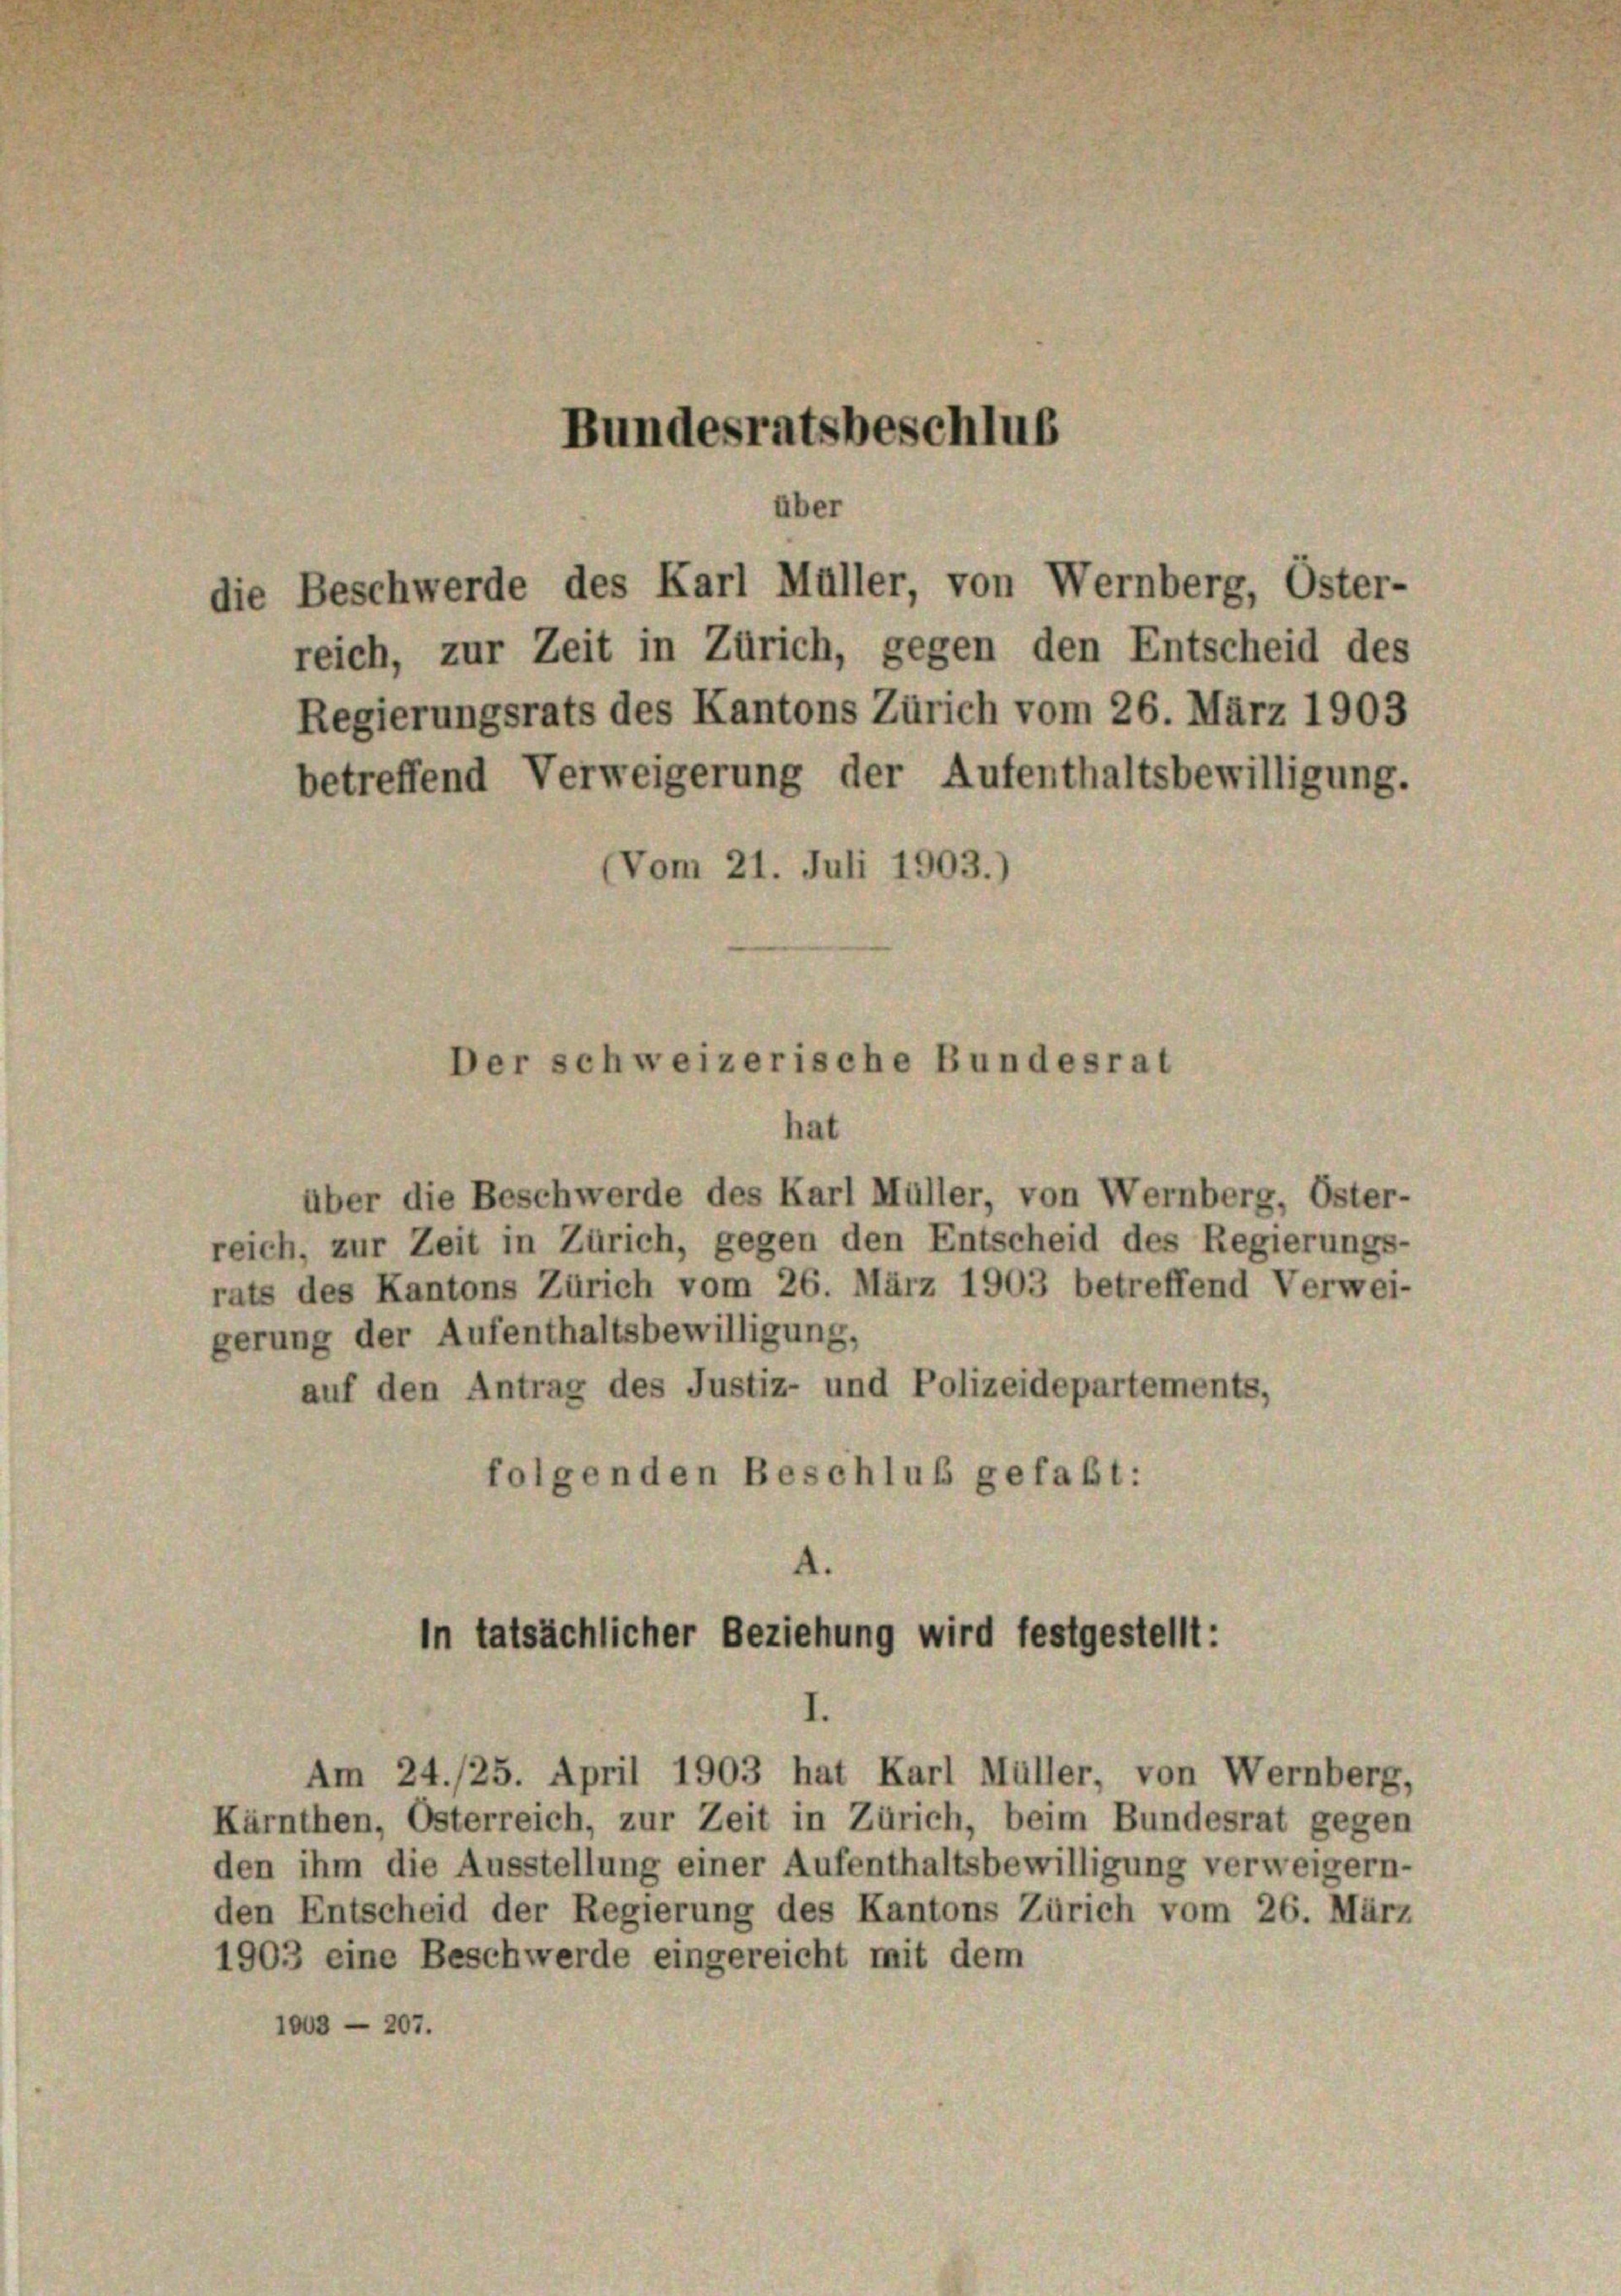
über die Beschwerde des Karl Müller, von Wernberg, Öster-
reich, zur Zeit in Zürich, gegen den Entscheid des Regierungs-
rats des Kantons Zürich vom 26. März 1903 betreffend Verwei-
gerung der Aufenthaltsbewilligung,
auf den Antrag des Justiz- und Polizeidepartements,
folgenden Beschluß gefaßt:

Bundesratsbeschlus
über

die Beschwerde des Karl Müller, von Wernberg, Oster-
Regierungsrats des Kantons Zürich vom 26. März 1903
betreffend Verweigerung der Aufenthaltsbewilligung.

Am 24./25. April 1903 hat Karl Müller, von Wernberg,
Kärnthen, Osterreich, zur Zeit in Zürich, beim Bundesrat gegen
den ihm die Ausstellung einer Aufenthaltsbewilligung verweigern-
den Entscheid der Regierung des Kantons Zürich vom 26. März
1903 eine Beschwerde eingereicht mit dem
1003 — 207.

reich, zur Zeit in Zürich, gegen den Entscheid des

(Vom 21. Juli 1903.)

Der schweizerische Bundesrat
hat

In tatsächlicher Beziehung wird festgestellt: